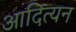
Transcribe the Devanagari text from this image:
आदित्यन